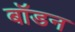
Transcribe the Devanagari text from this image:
बॉडन